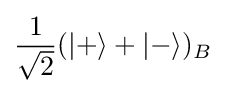
{\frac {1}{\sqrt {2}}}(|+\rangle +|-\rangle )_{B}